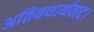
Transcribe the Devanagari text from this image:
अतियथार्थवाद।